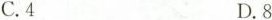
C. 4 D. 8